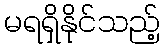
မရရှိနိုင်သည့်